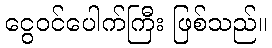
ငွေဝင်ပေါက်ကြီး ဖြစ်သည်။